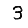
Digit: 3